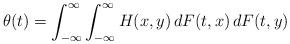
LaTeX: \begin{align*} \theta(t)=\int_{-\infty}^\infty\int_{-\infty}^\infty H(x,y) \,d F(t, x)\,d F(t, y)\end{align*}